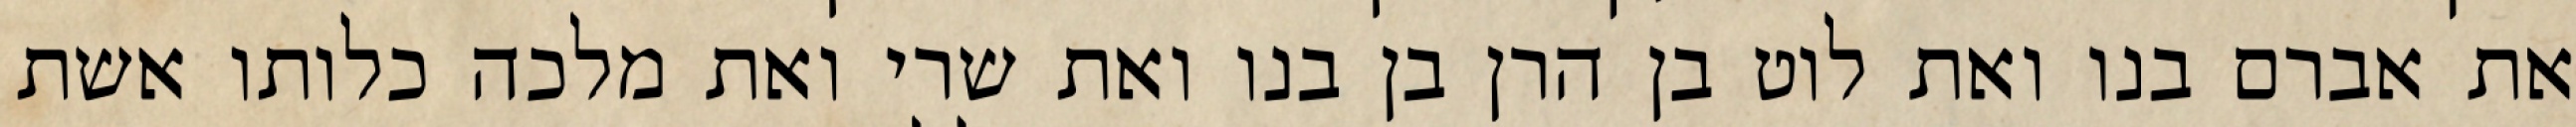
את אברם בנו ואת לוט בן הרן בן בנו ואת שרי ואת מלכה כלותו אשת